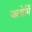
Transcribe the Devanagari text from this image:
जलोर्मि